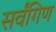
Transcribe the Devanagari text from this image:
सर्वंगिण